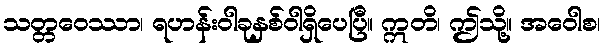
သတ္တဝေဿာ၊ ရဟန်းဝါခုနှစ်ဝါရှိပေပြီ။ ဣတိ၊ ဤသို့။ အဝေါစ၊